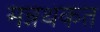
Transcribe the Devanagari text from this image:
मन्नथकत